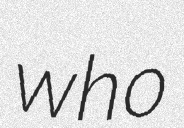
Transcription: who